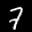
Label: 7